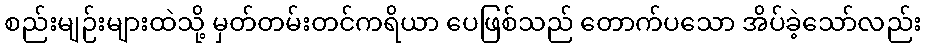
စည်းမျဉ်းများထဲသို့ မှတ်တမ်းတင်ကရိယာ ပေဖြစ်သည် တောက်ပသော အိပ်ခဲ့သော်လည်း